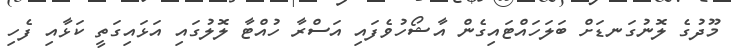
މޫދުގެ ލޮނުގަނޑަށް ބަލަހައްޓައިގެން އާޝޯހުވެފައި އަސްރާ ހުއްޓާ ލޮލުގައި އަޅައިގަތީ ކަޅާއި ފެހި